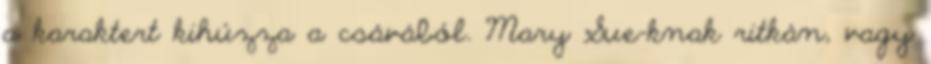
a karaktert kihúzza a csávából. Mary Sue-knak ritkán, vagy